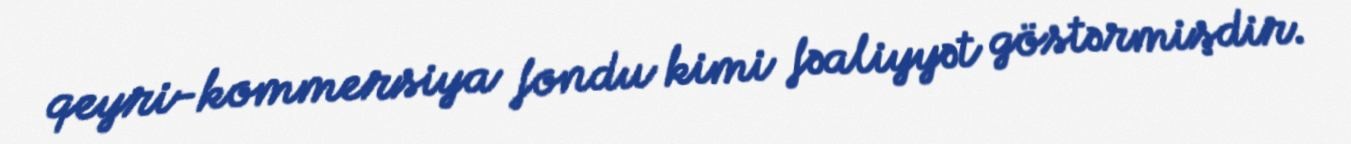
qeyri-kommersiya fondu kimi fəaliyyət göstərmişdir.